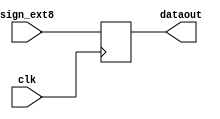
`timescale 1ns / 1ps
//////////////////////////////////////////////////////////////////////////////////
// Company: 
// Engineer: 
// 
// Design Name: 
// Module Name:    offset 
// Project Name: 
// Target Devices: 
// Tool versions: 
// Description: 
//
// Dependencies: 
//
// Revision: 
// Revision 0.01 - File Created
// Additional Comments: 
//
//////////////////////////////////////////////////////////////////////////////////
module offset(sign_ext8,dataout,clk);
input [15:0] sign_ext8;
input clk;
output [15:0] dataout;
reg [15:0] dataout;
always @ (posedge clk)
begin
dataout=sign_ext8;
$display("At this posedge register B=%h",dataout);
end
endmodule